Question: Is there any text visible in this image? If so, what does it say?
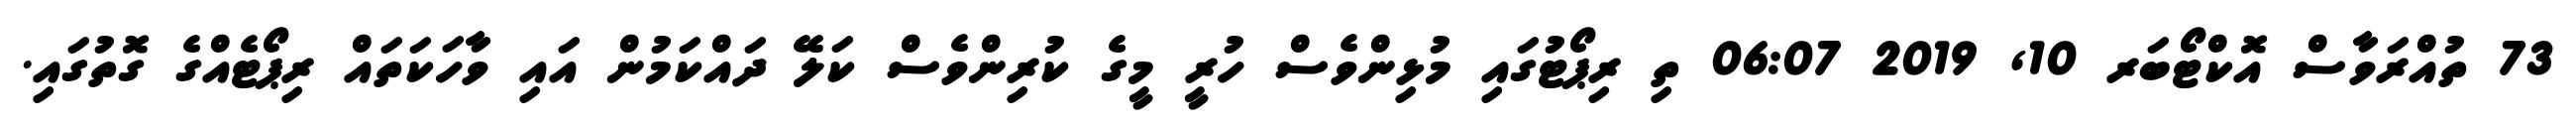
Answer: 73 ތުއްރަވާސް އޮކްޓޯބަރ 10, 2019 06:07 ތި ރިޕޯޓުގައި މުޅިންވެސް ހުރީ މީގެ ކުރިންވެސް ކަލޭ ދައްކަމުން އައި ވާހަކަތައް ރިޕޯޓެއްގެ ގޮތުގައި.